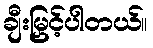
ချီးမြှင့်ပါတယ်။